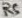
Text: RS